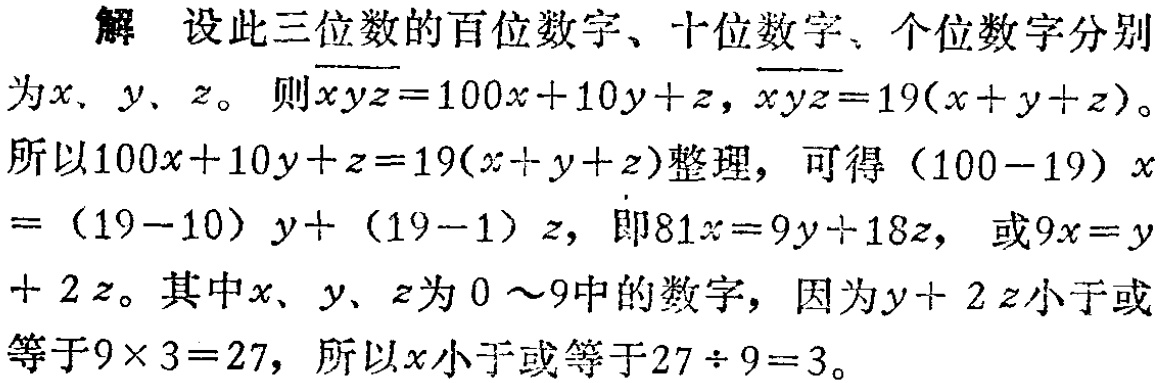
解 设此三位数的百位数字、十位数字、个位数字分别

为\(x\)、\(y\)、\(z\)。则\(\overline{xyz}=100x + 10y + z\)，\(\overline{xyz}=19(x + y + z)\)。

所以\(100x + 10y + z = 19(x + y + z)\)整理，可得\((100 - 19)x\)

\(=(19 - 10)y+(19 - 1)z\)，即\(81x = 9y + 18z\)， 或\(9x = y\)

\(+ 2z\)。其中\(x\)、\(y\)、\(z\)为\(0\sim9\)中的数字，因为\(y + 2z\)小于或

等于\(9\times 3 = 27\)，所以\(x\)小于或等于\(27\div 9 = 3\)。